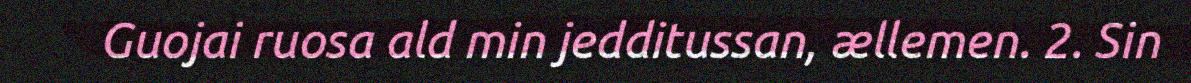
Guojai ruosa ald min jedditussan, ællemen. 2. Sin